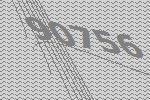
90756